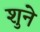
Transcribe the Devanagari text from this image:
शुने